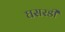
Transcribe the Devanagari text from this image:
घसरडी